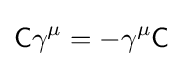
{\mathsf {C}}\gamma ^{\mu }=-\gamma ^{\mu }{\mathsf {C}}~